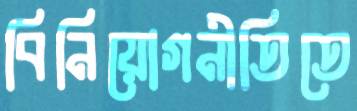
বিনিয়োগনীতিতে